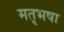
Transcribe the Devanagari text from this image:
मतृभषा